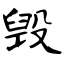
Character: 毁